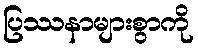
ပြဿနာများစွာကို